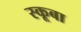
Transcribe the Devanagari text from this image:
स्‍कूबा